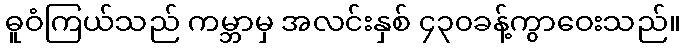
ဓူဝံကြယ်သည် ကမ္ဘာမှ အလင်းနှစ် ၄၃၀ခန့်ကွာဝေးသည်။